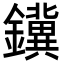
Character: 𮣪